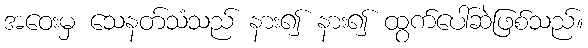
အဝေးမှ သေနတ်သံသည် နား၍ နား၍ ထွက်ပေါ်ဆဲဖြစ်သည်။